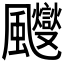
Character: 𱃑